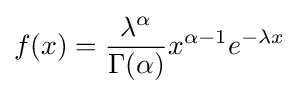
f(x)={\frac {\lambda ^{\alpha }}{\Gamma (\alpha )}}x^{\alpha -1}e^{-\lambda x}